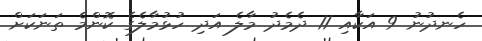
ހެނދުނު 9 އަކާއި 11 ދެމެދު މާލެ އަދި ހުޅުމާލެގެ ކޮންމެ ތަނަކަށް